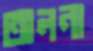
তালনা